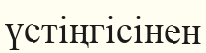
үстіңгісінен